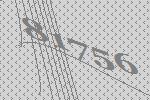
81756